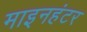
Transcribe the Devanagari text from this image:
माइनहंटर